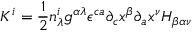
K ^ { i } = \frac { 1 } { 2 } n _ { \lambda } ^ { i } g ^ { \alpha \lambda } { \epsilon } ^ { c a } { \partial } _ { c } x ^ { \beta } { \partial } _ { a } x ^ { \nu } H _ { \beta \alpha \nu }